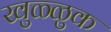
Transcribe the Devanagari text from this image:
खुळ्ळुक